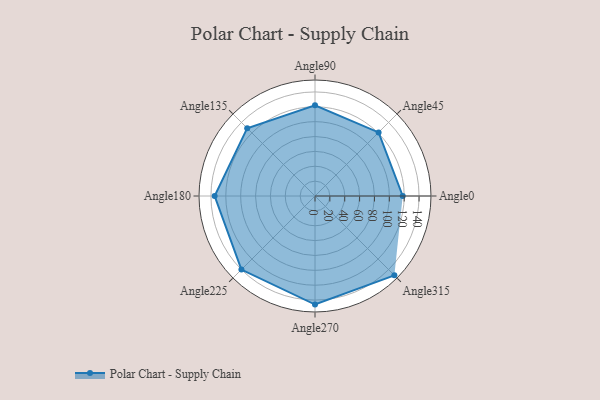
{"axis": {"x": "Angle", "y": "Radius"}, "legend": [""], "data": [{"x": "Angle0", "y": 118.0, "type": ""}, {"x": "Angle45", "y": 121.0, "type": ""}, {"x": "Angle90", "y": 122.0, "type": ""}, {"x": "Angle135", "y": 129.0, "type": ""}, {"x": "Angle180", "y": 135.0, "type": ""}, {"x": "Angle225", "y": 140.0, "type": ""}, {"x": "Angle270", "y": 146.0, "type": ""}, {"x": "Angle315", "y": 151.0, "type": ""}]}